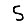
Digit: 5